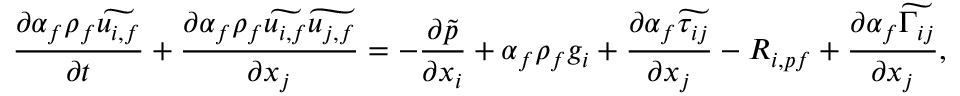
\frac { \partial \alpha _ { f } \rho _ { f } \widetilde { u _ { i , f } } } { \partial t } + \frac { \partial \alpha _ { f } \rho _ { f } \widetilde { u _ { i , f } } \widetilde { u _ { j , f } } } { \partial x _ { j } } = - \frac { \partial \widetilde { p } } { \partial x _ { i } } + \alpha _ { f } \rho _ { f } g _ { i } + \frac { \partial \alpha _ { f } \widetilde { \tau _ { i j } } } { \partial x _ { j } } - R _ { i , p f } + \frac { \partial \alpha _ { f } \widetilde { \Gamma _ { i j } } } { \partial x _ { j } } ,